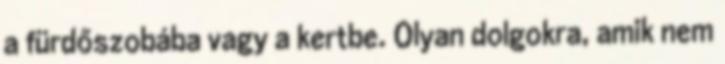
a fürdőszobába vagy a kertbe. Olyan dolgokra, amik nem